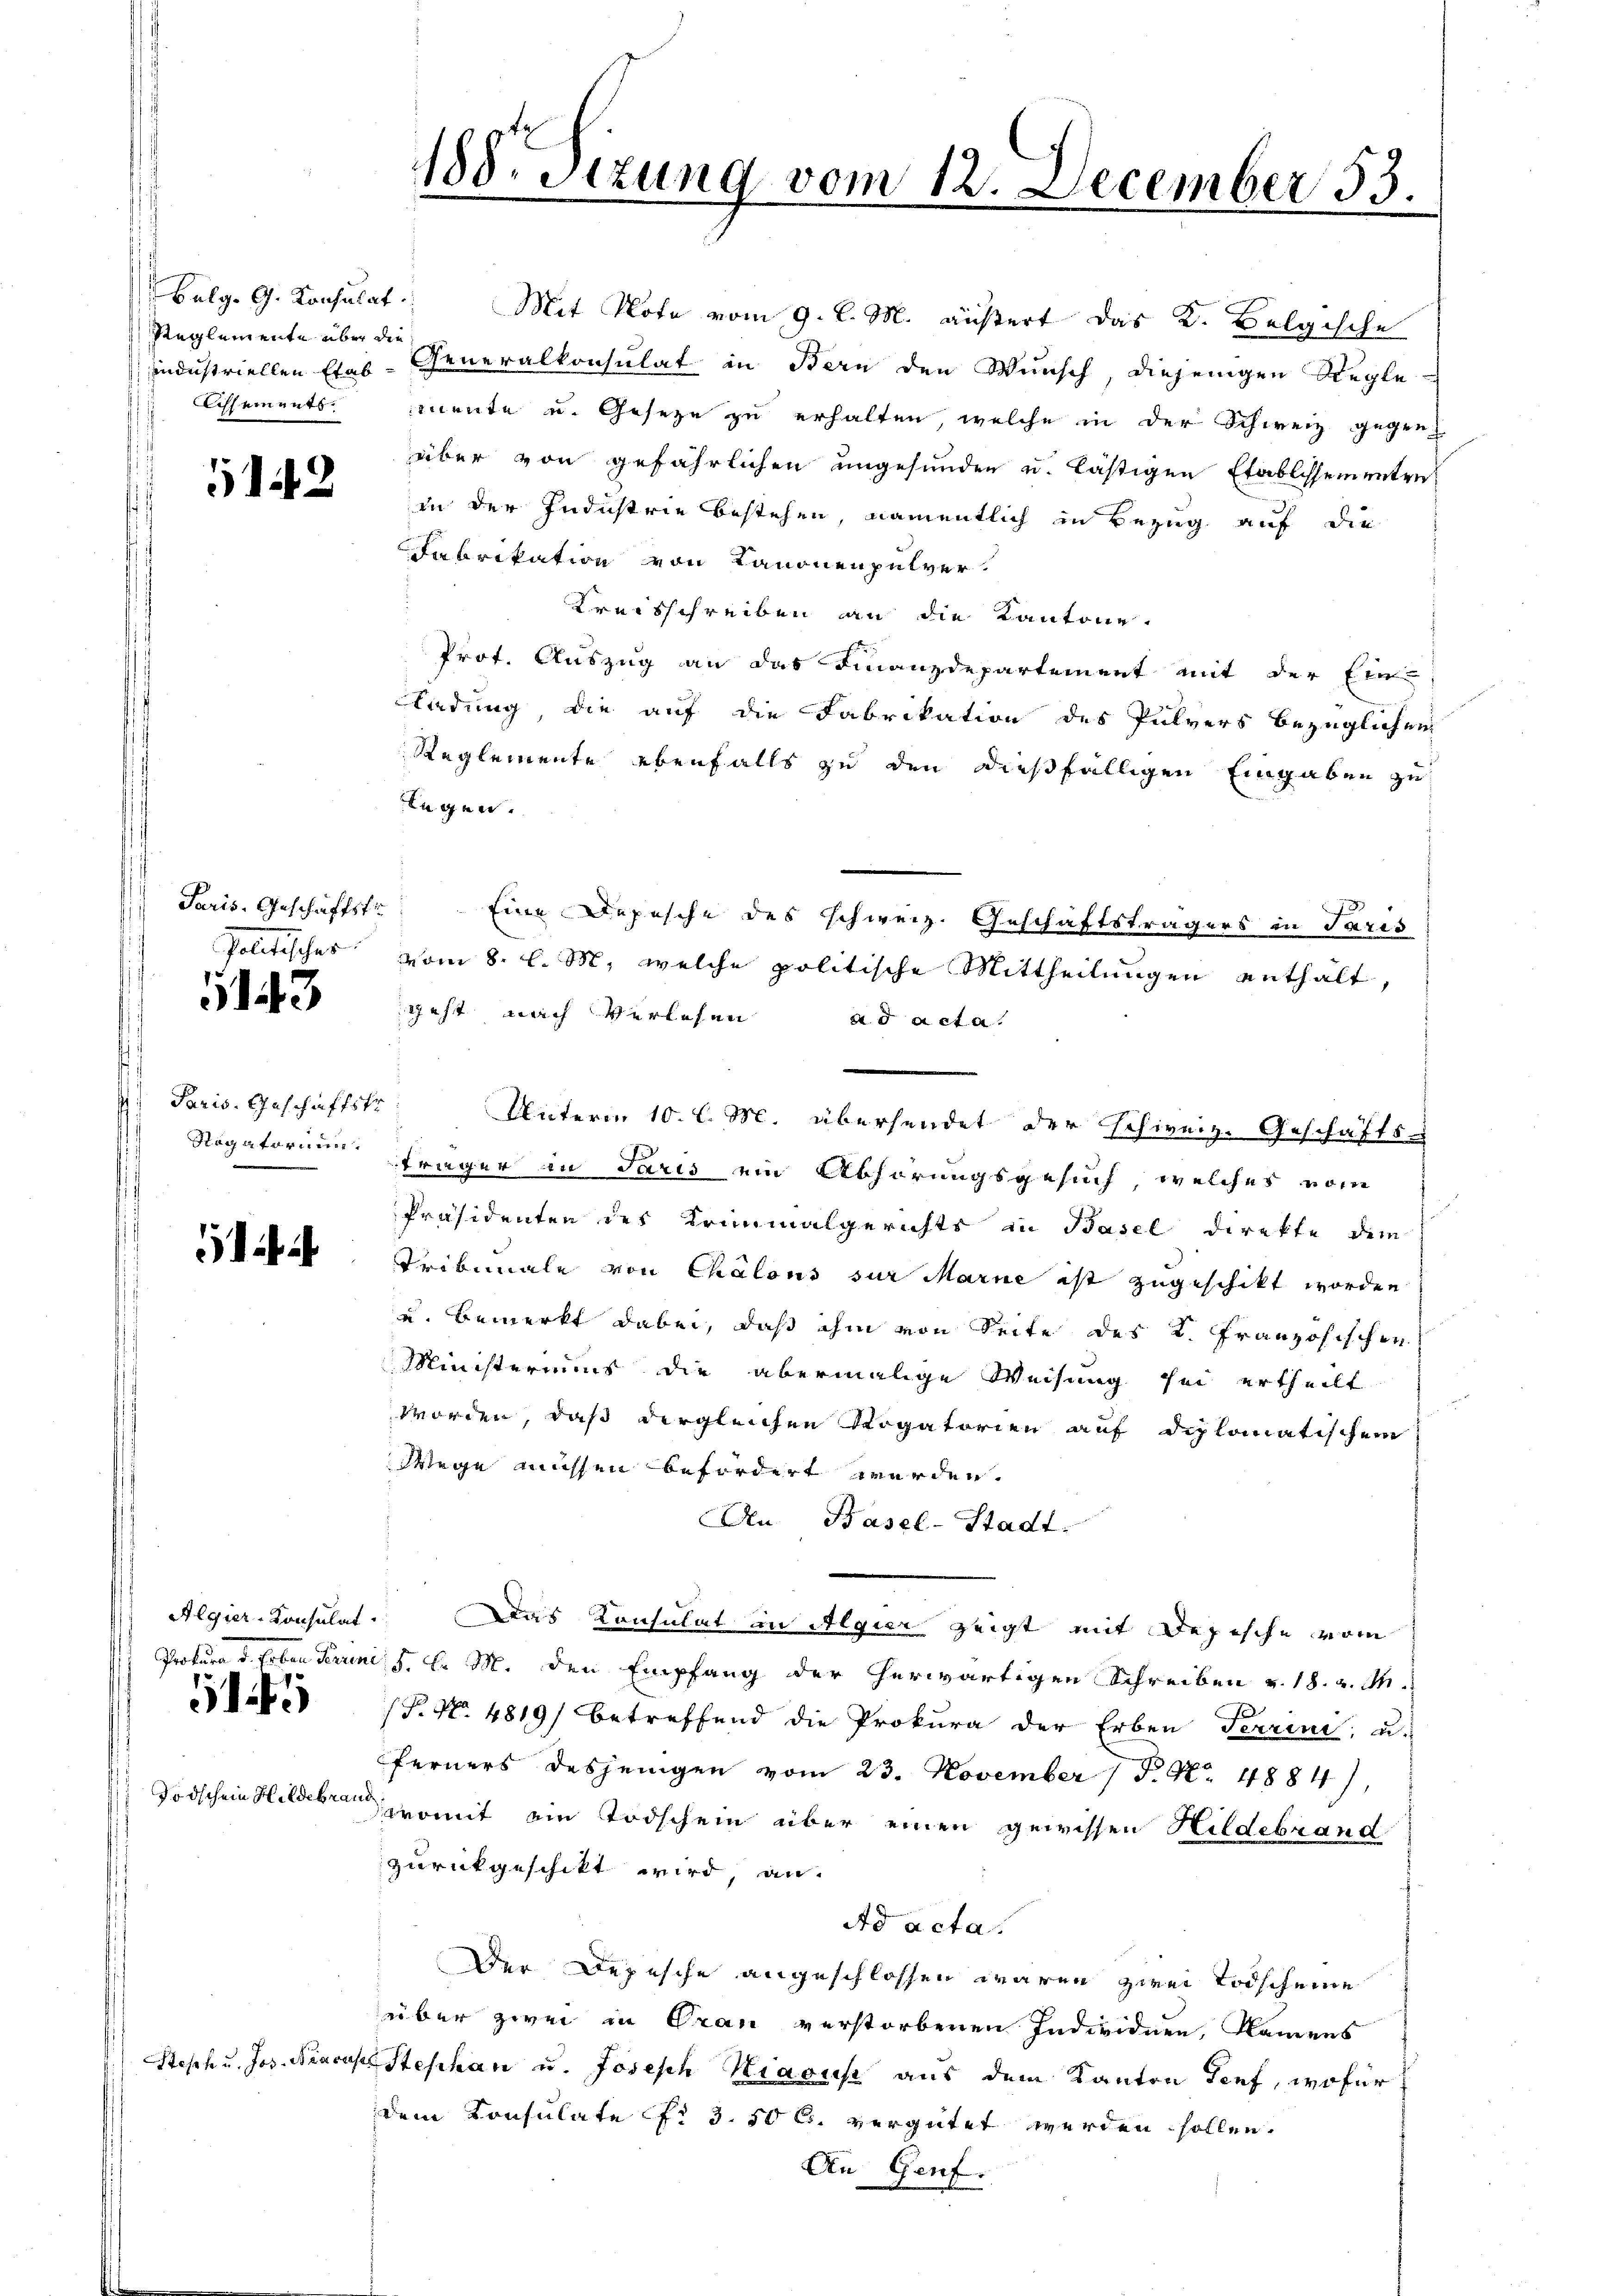
Reglemente über die

5142

Paris, Geschäftstr

143

. Paris, Geschäftstr

1

Todschein Hildebrand

188. Sitzung vom 12. December 53.

Belg. G. Konsulat. Mit Note vom 9. l. M. äußert das K. Belgische
Industriellen Etas- Generalkonsulat in Bern den Wunsch, diejenigen Regle-
Esements mente u. Geseze zu erhalten, welche in der Schweiz gegen-
über von gefährlichen ungesunden u. lästigen Etablissem unten
in der Industrie bestehen, namentlich in Bezug auf die
Fabrikation von Kanonenpulver.
Kreisschreiben an die Kantone
Prot. Auszug an das Finanzdepartement mit der Ein-
Kladung die auf die Fabrikation des Pulvers bezüglichen
Reglemente ebenfalls zu den dießfälligen Eingaben zu
legen.
Eine Depesche des schweiz. Geschäftsträgers in Paris
Politisches vom 8. l. M., welche politische Mittheilungen enthält,
geht nach Verlesen ad acta
Rogatorium fräger in Paris ein Abhörungsgesuch, welches vom
Präsidenten des Kriminalgerichts in Basel direkte dem
ata Tribunale von Chalons sur Marne ist zugeschikt worden
u bemerkt dabei, daß ihm von Seite des K. Französischen
Ministeriums die abermalige Weisung sei ertheilt
Morden, daß dergleichen Rogatorien auf diplomatischem
Wiege müssen befordert werden.
An Basel-Stadt.
Algier-Konsulat. Das Konsulat an Algier zeigt mit Depische vom
Prokura d. Erben Terrini, S. l. M. den Empfang der herwärtigen Schreiben v. 18. v. M.
(P. Nr. 4819) betreffend die Prokura der Erben Terrini, u.
ferners desjenigen vom 23. November (P. Nr. 4884),
dromit ein Todschein über einen gewissen Hildebrand
zurückgeschikt wird, an
Ad acta.
Der Depesche angeschlossen waren zwei Todscheine
über zwei in Oran verstorbenen Individuen, Namens
Stesch u. Jos. Neures Stephan u. Josesch Kiacus aus dem Kanton Senf, wofür
dem Konsulate No 3. 50 l. vergütet werden sollen.
An Genf.

Unterm 10. l. M. übersendet der Schweiz. Geschäfts-